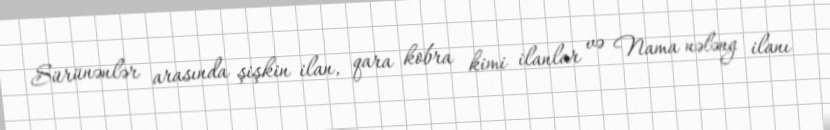
Sürünənlər arasında şişkin ilan, qara kobra kimi ilanlar və Nama nələng ilanı